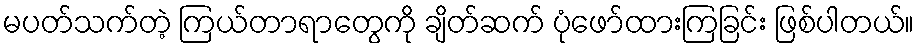
မပတ်သက်တဲ့ ကြယ်တာရာတွေကို ချိတ်ဆက် ပုံဖော်ထားကြခြင်း ဖြစ်ပါတယ်။